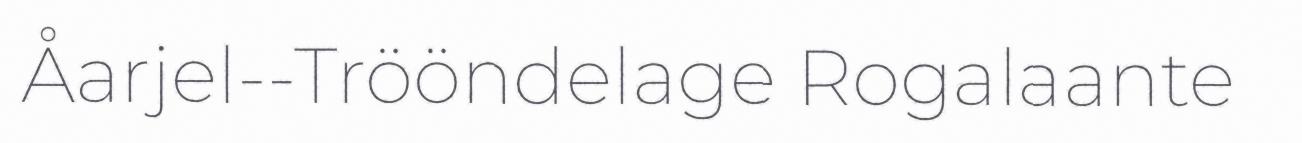
Åarjel-‐Trööndelage Rogalaante